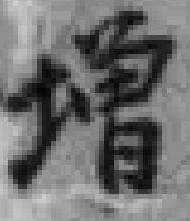
增